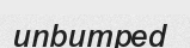
unbumped